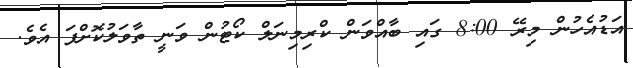
އަޑުއެހުން މިރޭ 8:00 ގައި ބާއްވަން ކްރިމިނަލް ކޯޓުން ވަނީ ތާވަލުކޮށްފަ އެވެ.